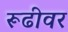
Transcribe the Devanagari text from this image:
रूढीवर